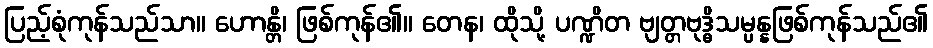
ပြည့်စုံကုန်သည်သာ။ ဟောန္တိ၊ ဖြစ်ကုန်၏။ တေန၊ ထိုသို့ ပဏ္ဍိတ ဗျတ္တဗုဒ္ဓိသမ္ပန္နဖြစ်ကုန်သည်၏